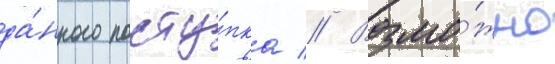
да́нного посту́пка // Возмо́жно